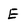
Character: E